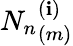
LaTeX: {N_{n}}_{(m)}^{(\mathbf{i})}